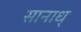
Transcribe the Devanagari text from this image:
सानाध्